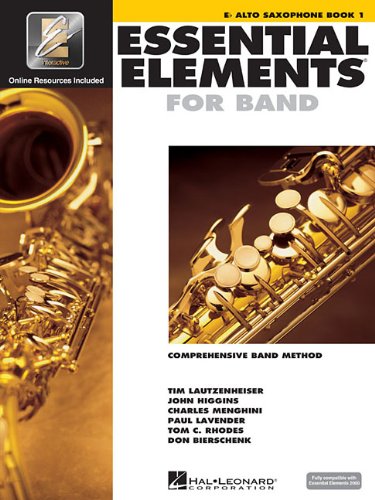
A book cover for Essential Elements 2000: Eb Alto Saxophone, Bk. 1; Arts & Photography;